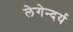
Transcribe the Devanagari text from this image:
लेगेन्दर्य